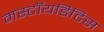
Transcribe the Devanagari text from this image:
मस्टॉयडिटिस